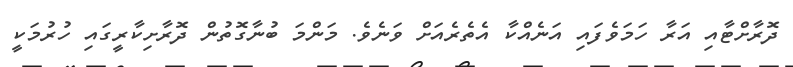
ދޮރާށްޓާއި އަރާ ހަމަވެފައި އަނެއްކާ އެތެރެއަށް ވަނެވެ. މަންމަ ބުނާގޮތުން ދޮރާށިކާރީގައި ހުރުމަކީ